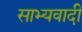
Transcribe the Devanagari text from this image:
साभ्यवादी